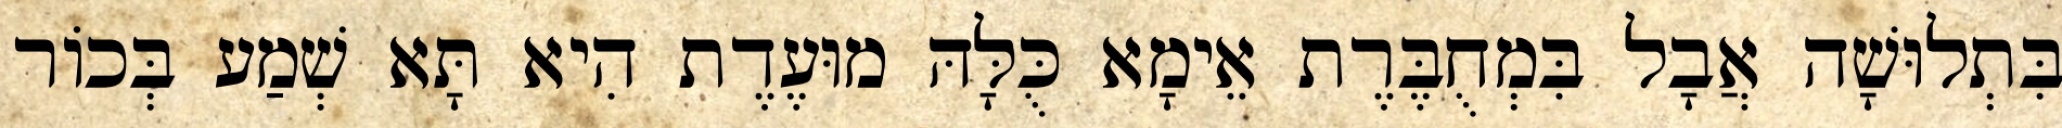
בִּתְלוּשָׁה אֲבָל בִּמְחֻבֶּרֶת אֵימָא כֻּלָּהּ מוּעֶדֶת הִיא תָּא שְׁמַע בְּכוֹר